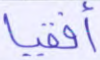
أفقيا